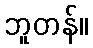
ဘူတန်။